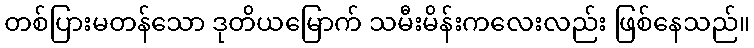
တစ်ပြားမတန်သော ဒုတိယမြောက် သမီးမိန်းကလေးလည်း ဖြစ်နေသည်။